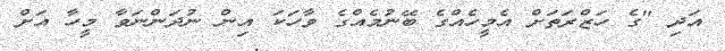
އަދި "ގެ ހަޒްރަތަށް އެމީހެއްގެ ބޭނުމެއްގެ ވާހަކަ އިން ނުދަންނަވާ މީހާ އަށް